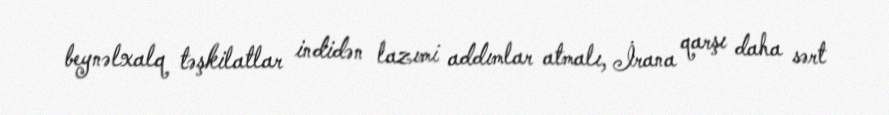
beynəlxalq təşkilatlar indidən lazımi addımlar atmalı, İrana qarşı daha sərt